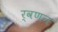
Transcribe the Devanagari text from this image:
र्वणन